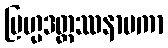
ဗြဟ္မဒတ္တဿနာမကာ